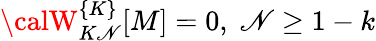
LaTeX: {\calW}_{K\mathscr{N}}^{\{ K\} }[M]=0,\; \mathscr{N}\geq1-k